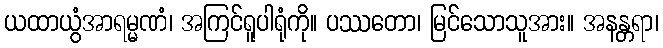
ယထာယွံအာရမ္မဏံ၊ အကြင်ရူပါရုံကို။ ပဿတော၊ မြင်သောသူအား။ အနန္တရာ၊